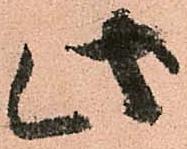
此